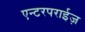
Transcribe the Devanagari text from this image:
एन्टरपराईज़